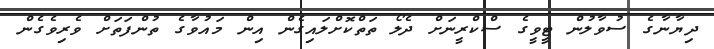
ދިޔާނާގެ ސުވާލުން ޓީވީގެ ސްކްރީނަށް ދެލޯ ތަތްކޮށްލައިގެން އިން މައުވާގެ ތުންފަތަށް ވެރިވެގެން